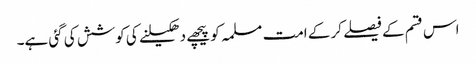
اس قسم کے فیصلے کر کے امت مسلمہ کو پیچھے دھکیلنے کی کوشش کی گئی ہے۔